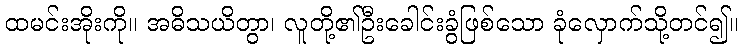
ထမင်းအိုးကို။ အဓိသယိတွာ၊ လူတို့၏ဦးခေါင်းခွံဖြစ်သော ခုံလှောက်သို့တင်၍။